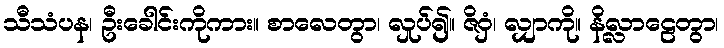
သီသံပန၊ ဦးခေါင်းကိုကား။ စာလေတွာ၊ လှုပ်၍။ ဇိဝှံ၊ လျှာကို။ နိလ္လာဠေတွာ၊